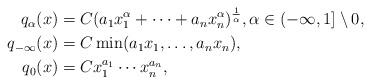
LaTeX: \begin{align*} \begin{aligned} q_\alpha(x) & = C ( a_1 x_1^\alpha+\cdots+ a_n x_n^\alpha)^{\frac 1 \alpha}, \alpha \in (-\infty,1] \setminus 0,\\ q_{-\infty}(x) & = C \min(a_1 x_1,\ldots, a_n x_n), \\ q_0(x) & = C x_1^{a_1} \cdots x_n^{a_n}, \end{aligned}\end{align*}